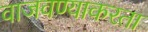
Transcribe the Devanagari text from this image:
वाजवण्याकरता